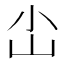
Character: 𪨤